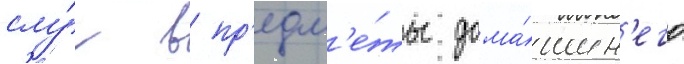
слу́г в пр'едм'е́ты дома́шн'его